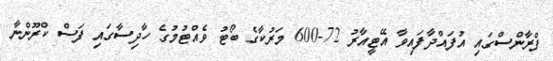
ފްރާންސްގައި އުފައްދާފައިވާ އޭޓީއާރު 72-600 މަރުކާގެ ބޯޓު ވެއްޓުމުގެ ހާދިސާގައި ފަސް ކްރޫންނާ